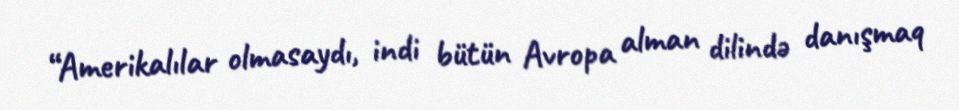
“Amerikalılar olmasaydı, indi bütün Avropa alman dilində danışmaq